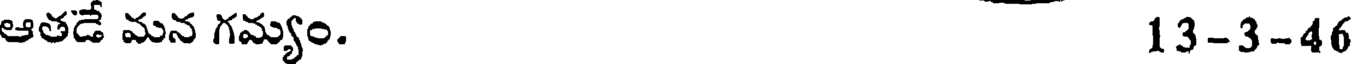
ఆతడే మన గమ్యం. 13-3-46